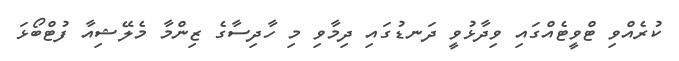
ކުރެއްވި ޓްވީޓެއްގައި ވިދާޅުވީ ދަނޑުގައި ދިމާވި މި ހާދިސާގެ ޒިންމާ މެލޭޝިއާ ފުޓްބޯޅަ